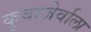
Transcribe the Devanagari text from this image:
कुवाजेर्वाला